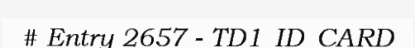
# Entry 2657 - TD1_ID_CARD